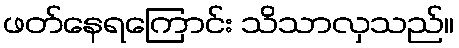
ဖတ်နေရကြောင်း သိသာလှသည်။